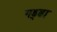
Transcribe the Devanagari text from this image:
गड़्ढा